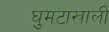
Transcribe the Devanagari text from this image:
घुमटाखाली